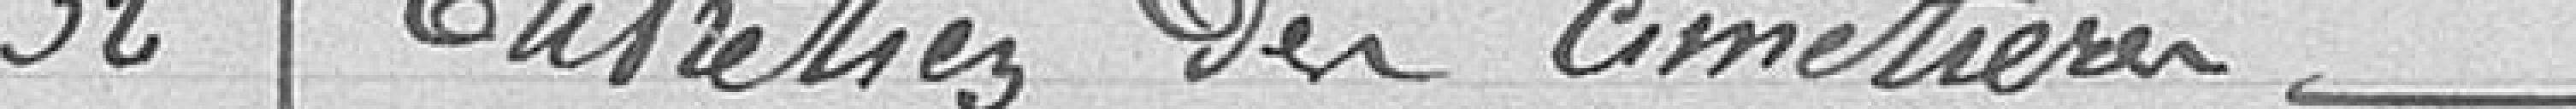
32 Entretien des cimetières